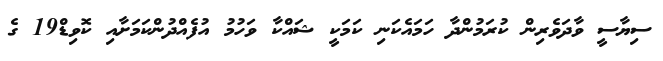
ސިޔާސީ ވާދަވެރިން ކުރަމުންދާ ހަމައެކަނި ކަމަކީ ޝައްކާ ވަހުމު އުފެއްދުންކަމަށާއި ކޮވިޑް19 ގެ